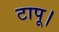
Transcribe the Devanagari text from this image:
टापू।